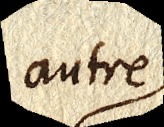
autre